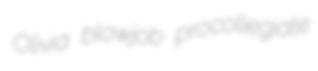
Olivia blowjob procollegiate